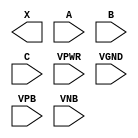
/**
 * Copyright 2020 The SkyWater PDK Authors
 *
 * Licensed under the Apache License, Version 2.0 (the "License");
 * you may not use this file except in compliance with the License.
 * You may obtain a copy of the License at
 *
 *     https://www.apache.org/licenses/LICENSE-2.0
 *
 * Unless required by applicable law or agreed to in writing, software
 * distributed under the License is distributed on an "AS IS" BASIS,
 * WITHOUT WARRANTIES OR CONDITIONS OF ANY KIND, either express or implied.
 * See the License for the specific language governing permissions and
 * limitations under the License.
 *
 * SPDX-License-Identifier: Apache-2.0
 */

`ifndef SKY130_FD_SC_HDLL__OR3_PP_BLACKBOX_V
`define SKY130_FD_SC_HDLL__OR3_PP_BLACKBOX_V

/**
 * or3: 3-input OR.
 *
 * Verilog stub definition (black box with power pins).
 *
 * WARNING: This file is autogenerated, do not modify directly!
 */

`timescale 1ns / 1ps
`default_nettype none

(* blackbox *)
module sky130_fd_sc_hdll__or3 (
    X   ,
    A   ,
    B   ,
    C   ,
    VPWR,
    VGND,
    VPB ,
    VNB
);

    output X   ;
    input  A   ;
    input  B   ;
    input  C   ;
    input  VPWR;
    input  VGND;
    input  VPB ;
    input  VNB ;
endmodule

`default_nettype wire
`endif  // SKY130_FD_SC_HDLL__OR3_PP_BLACKBOX_V